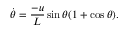
\dot { \theta } = \frac { - u } { L } \sin \theta ( 1 + \cos \theta ) .